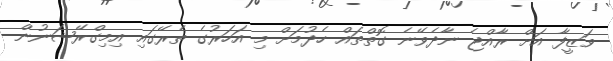
ވަޒީފާ އަށް ރާއްޖެ ނާދެވޭނެ ގޮތްތައް ހެދުމަށް މި އަހަރުގެ ތެރޭގައި އިމިގްރޭޝަނުން